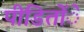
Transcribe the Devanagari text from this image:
पीडिताेंे